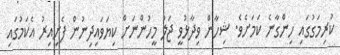
ކުރިމަގުގައި ހިންގާނެ ކަމަށެވެ. ޝިހާން ވިދާޅުވީ ޖަލު މީހުންނަށް ކިޔަވައިދިނުން ފެށިއިރު އެކަމުގައި